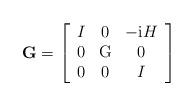
LaTeX: \begin{align*}\mathbf{G}=\left[ \begin{array}{ccc} I & 0 & -\mathrm{i}H \\ 0 & \mathrm{G} & 0 \\ 0 & 0 & I \\ \end{array} \right]\end{align*}